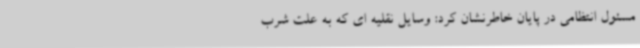
مسئول انتظامی در پایان خاطرنشان کرد: وسایل نقلیه ای که به علت شرب